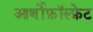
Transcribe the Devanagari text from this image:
आर्थोफ़ॉस्फ़ेट